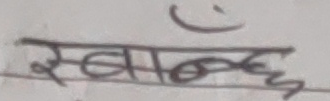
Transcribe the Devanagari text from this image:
स्वच्छ